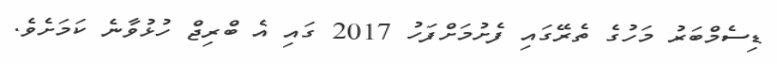
ޑިސެމްބަރު މަހުގެ ތެރޭގައި ފެށުމަށްފަހު 2017 ގައި އެ ބްރިޖް ހުޅުވާނެ ކަމަށެވެ.